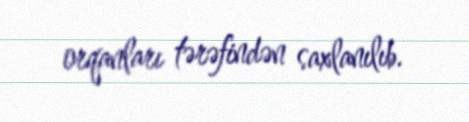
orqanları tərəfindən saxlanılıb.